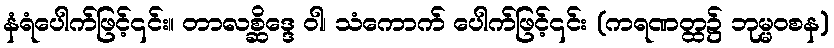
နံရံပေါက်ဖြင့်၎င်း။ တာလစ္ဆိဒ္ဒေ ဝါ၊ သံကောက် ပေါက်ဖြင့်၎င်း (ကရဏတ္ထ၌ ဘုမ္မဝစန)